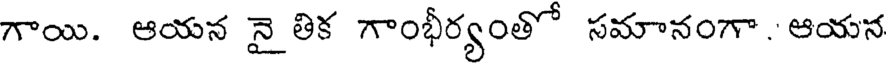
గాయి. ఆయన నైతిక గాంభీర్యంతో సమానంగా. ఆయన